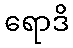
ရောဒိ